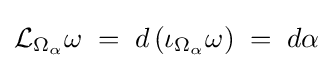
{\mathcal {L}}_{\Omega _{\alpha }}\omega \;=\;d\left(\iota _{\Omega _{\alpha }}\omega \right)\;=\;d\alpha